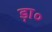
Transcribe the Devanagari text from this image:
ड़ा०